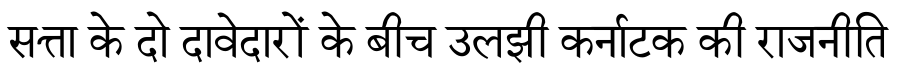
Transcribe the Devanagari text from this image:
सत्ता के दो दावेदारों के बीच उलझी कर्नाटक की राजनीति